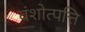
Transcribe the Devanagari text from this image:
वंशोत्पत्ति